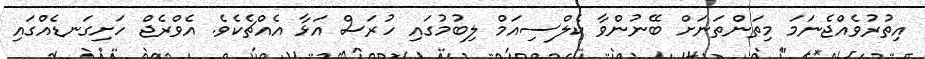
އިތުރުވެއްޖެނަމަ މިތަންތަނަށް ބޭނުންވާ ކެލްސިއަމް ލިބުމުގައި ހުރަސް އަޅާ އެއްޗެކެވެ. އެވްރެޖް ހަށިގަނޑެއްގައި